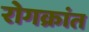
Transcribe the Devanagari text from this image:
रोगक्रांत